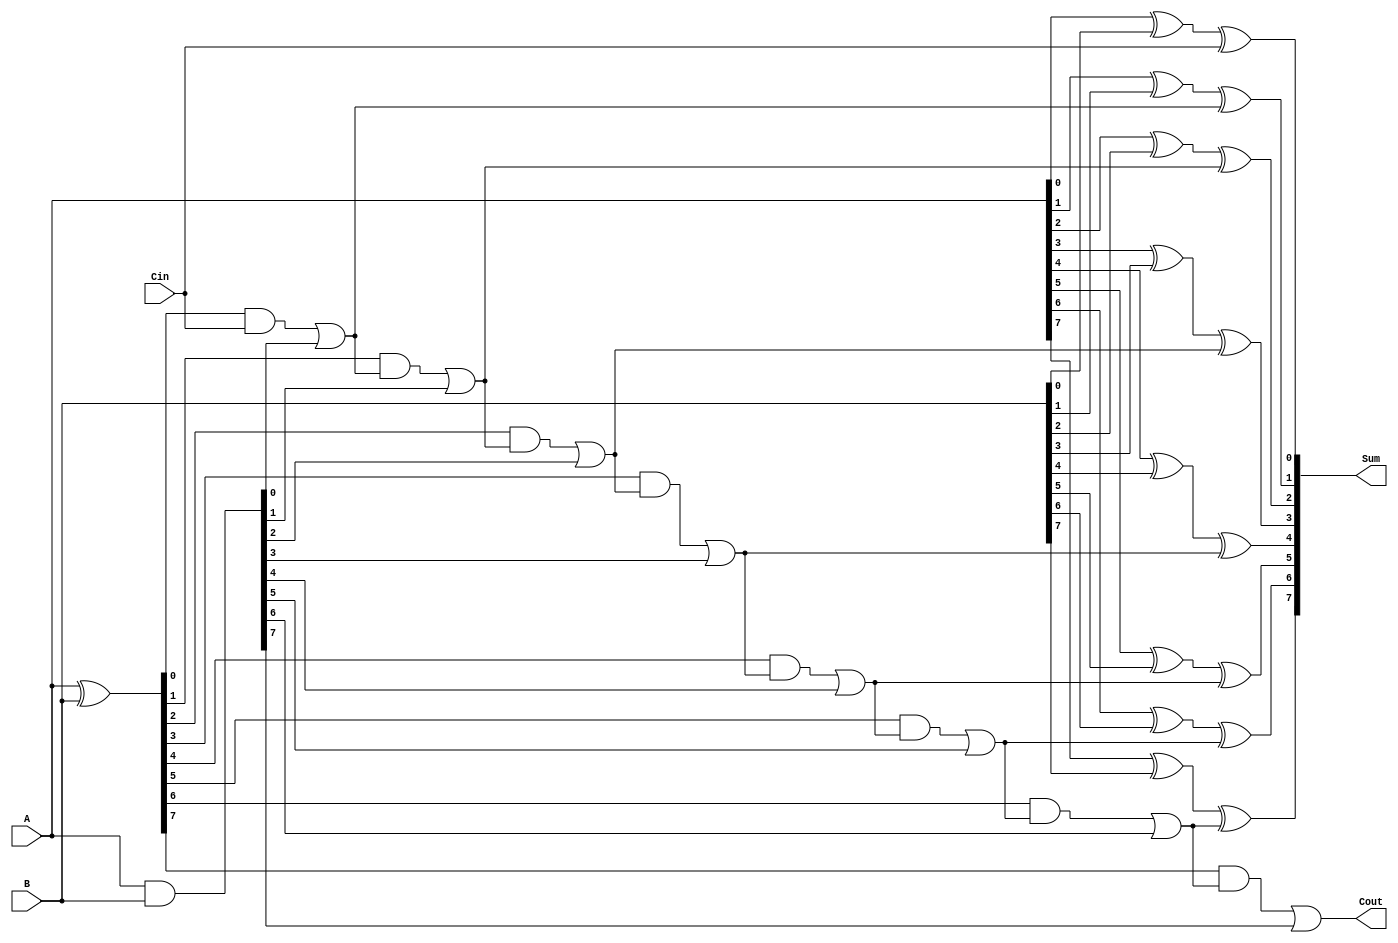
`ifndef _CARRY_LOOKAHEAD_ADDER
`define _CARRY_LOOKAHEAD_ADDER

module CLA_Adder8 (
    output Cout,
    output [7:0] Sum,
    input [7:0] A, B,
    input Cin
);
   wire [7:0] P, G;
   wire [7:1] C;

    // Compute propagate, generate
    assign P = A ^ B;
    assign G = A & B;

    // Compute all Carry
    assign C[1] = P[0] & Cin  | G[0];
    assign C[2] = P[1] & C[1] | G[1];
    assign C[3] = P[2] & C[2] | G[2];
    assign C[4] = P[3] & C[3] | G[3];
    assign C[5] = P[4] & C[4] | G[4];
    assign C[6] = P[5] & C[5] | G[5];
    assign C[7] = P[6] & C[6] | G[6];
    assign Cout = P[7] & C[7] | G[7];

    // Compute all Sum
    assign Sum[0] = A[0] ^ B[0] ^ Cin;
    assign Sum[1] = A[1] ^ B[1] ^ C[1];
    assign Sum[2] = A[2] ^ B[2] ^ C[2];
    assign Sum[3] = A[3] ^ B[3] ^ C[3];
    assign Sum[4] = A[4] ^ B[4] ^ C[4];
    assign Sum[5] = A[5] ^ B[5] ^ C[5];
    assign Sum[6] = A[6] ^ B[6] ^ C[6];
    assign Sum[7] = A[7] ^ B[7] ^ C[7];
endmodule

`endif